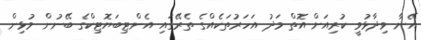
އޭނާ ވިދާޅުވީ ކުރިއަށް އޮތް މަދު އަހަރުތަކެއްގެ ތެރޭގައި އެންޓިބަޔޮޓިކްގެ ބޭނުން މުޅިން